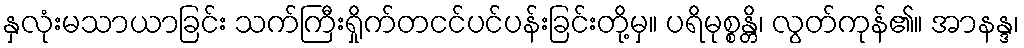
နှလုံးမသာယာခြင်း သက်ကြီးရှိုက်တငင်ပင်ပန်းခြင်းတို့မှ။ ပရိမုစ္စန္တိ၊ လွတ်ကုန်၏။ အာနန္ဒ၊